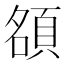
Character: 𬱃